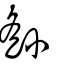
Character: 繇